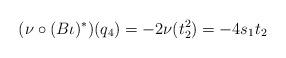
LaTeX: \begin{align*}(\nu\circ(B\iota)^\ast) (q_4)=-2\nu(t_2^2)=-4s_1t_2\end{align*}